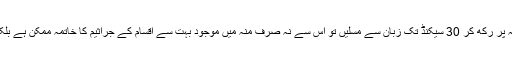
اگر آپ کھیرے کا ایک گول ٹکڑا اپنے ہونٹوں یا منہ پر رکھ کر 30 سیکنڈ تک زبان سے مسلیں تو اس سے نہ صرف منہ میں موجود بہت سے اقسام کے جراثیم کا خاتمہ ممکن ہے بلکہ یہ منہ سے آنے والی بدبو کو بھی ختم کردیتا ہے۔